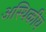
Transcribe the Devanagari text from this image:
अस्थिकीय